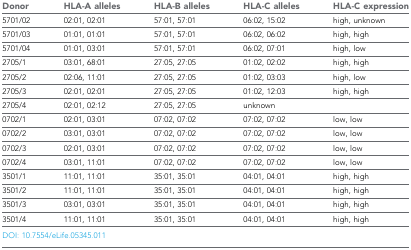
<table><thead><tr><td><b>Donor</b></td><td><b>HLA-A alleles</b></td><td><b>HLA-B alleles</b></td><td><b>HLA-C alleles</b></td><td><b>HLA-C expression</b></td></tr></thead><tbody><tr><td>5701/02</td><td>02:01, 02:01</td><td>57:01, 57:01</td><td>06:02, 15:02</td><td>high, unknown</td></tr><tr><td>5701/03</td><td>01:01, 01:01</td><td>57:01, 57:01</td><td>06:02, 06:02</td><td>high, high</td></tr><tr><td>5701/04</td><td>01:01, 03:01</td><td>57:01, 57:01</td><td>06:02, 07:01</td><td>high, low</td></tr><tr><td>2705/1</td><td>03:01, 68:01</td><td>27:05, 27:05</td><td>01:02, 02:02</td><td>high, high</td></tr><tr><td>2705/2</td><td>02:06, 11:01</td><td>27:05, 27:05</td><td>01:02, 03:03</td><td>high, low</td></tr><tr><td>2705/3</td><td>02:01, 02:01</td><td>27:05, 27:05</td><td>01:02, 12:03</td><td>high, high</td></tr><tr><td>2705/4</td><td>02:01, 02:12</td><td>27:05, 27:05</td><td>unknown</td><td></td></tr><tr><td>0702/1</td><td>02:01, 03:01</td><td>07:02, 07:02</td><td>07:02, 07:02</td><td>low, low</td></tr><tr><td>0702/2</td><td>03:01, 03:01</td><td>07:02, 07:02</td><td>07:02, 07:02</td><td>low, low</td></tr><tr><td>0702/3</td><td>02:01, 03:01</td><td>07:02, 07:02</td><td>07:02, 07:02</td><td>low, low</td></tr><tr><td>0702/4</td><td>03:01, 11:01</td><td>07:02, 07:02</td><td>07:02, 07:02</td><td>low, low</td></tr><tr><td>3501/1</td><td>11:01, 11:01</td><td>35:01, 35:01</td><td>04:01, 04:01</td><td>high, high</td></tr><tr><td>3501/2</td><td>11:01, 11:01</td><td>35:01, 35:01</td><td>04:01, 04:01</td><td>high, high</td></tr><tr><td>3501/3</td><td>03:01, 03:01</td><td>35:01, 35:01</td><td>04:01, 04:01</td><td>high, high</td></tr><tr><td>3501/4</td><td>11:01, 11:01</td><td>35:01, 35:01</td><td>04:01, 04:01</td><td>high, high</td></tr></tbody></table>